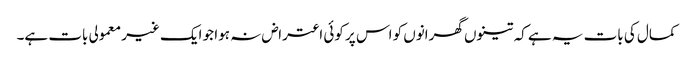
کمال کی بات یہ ہے کہ تینوں گھرانوں کو اس پر کوئی اعتراض نہ ہوا جو ایک غیر معمولی بات ہے۔